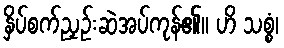
နှိပ်စက်ညှဉ်းဆဲအပ်ကုန်၏။ ဟိ သစ္စံ၊